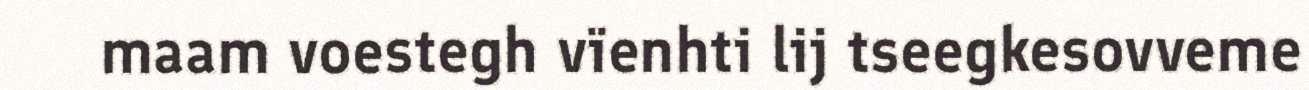
maam voestegh vïenhti lij tseegkesovveme